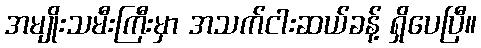
အမျိုးသမီးကြီးမှာ အသက်ငါးဆယ်ခန့် ရှိပေပြီ။